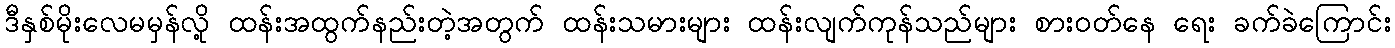
ဒီနှစ်မိုးလေမမှန်လို့ ထန်းအထွက်နည်းတဲ့အတွက် ထန်းသမားများ ထန်းလျက်ကုန်သည်များ စားဝတ်နေ ရေး ခက်ခဲကြောင်း